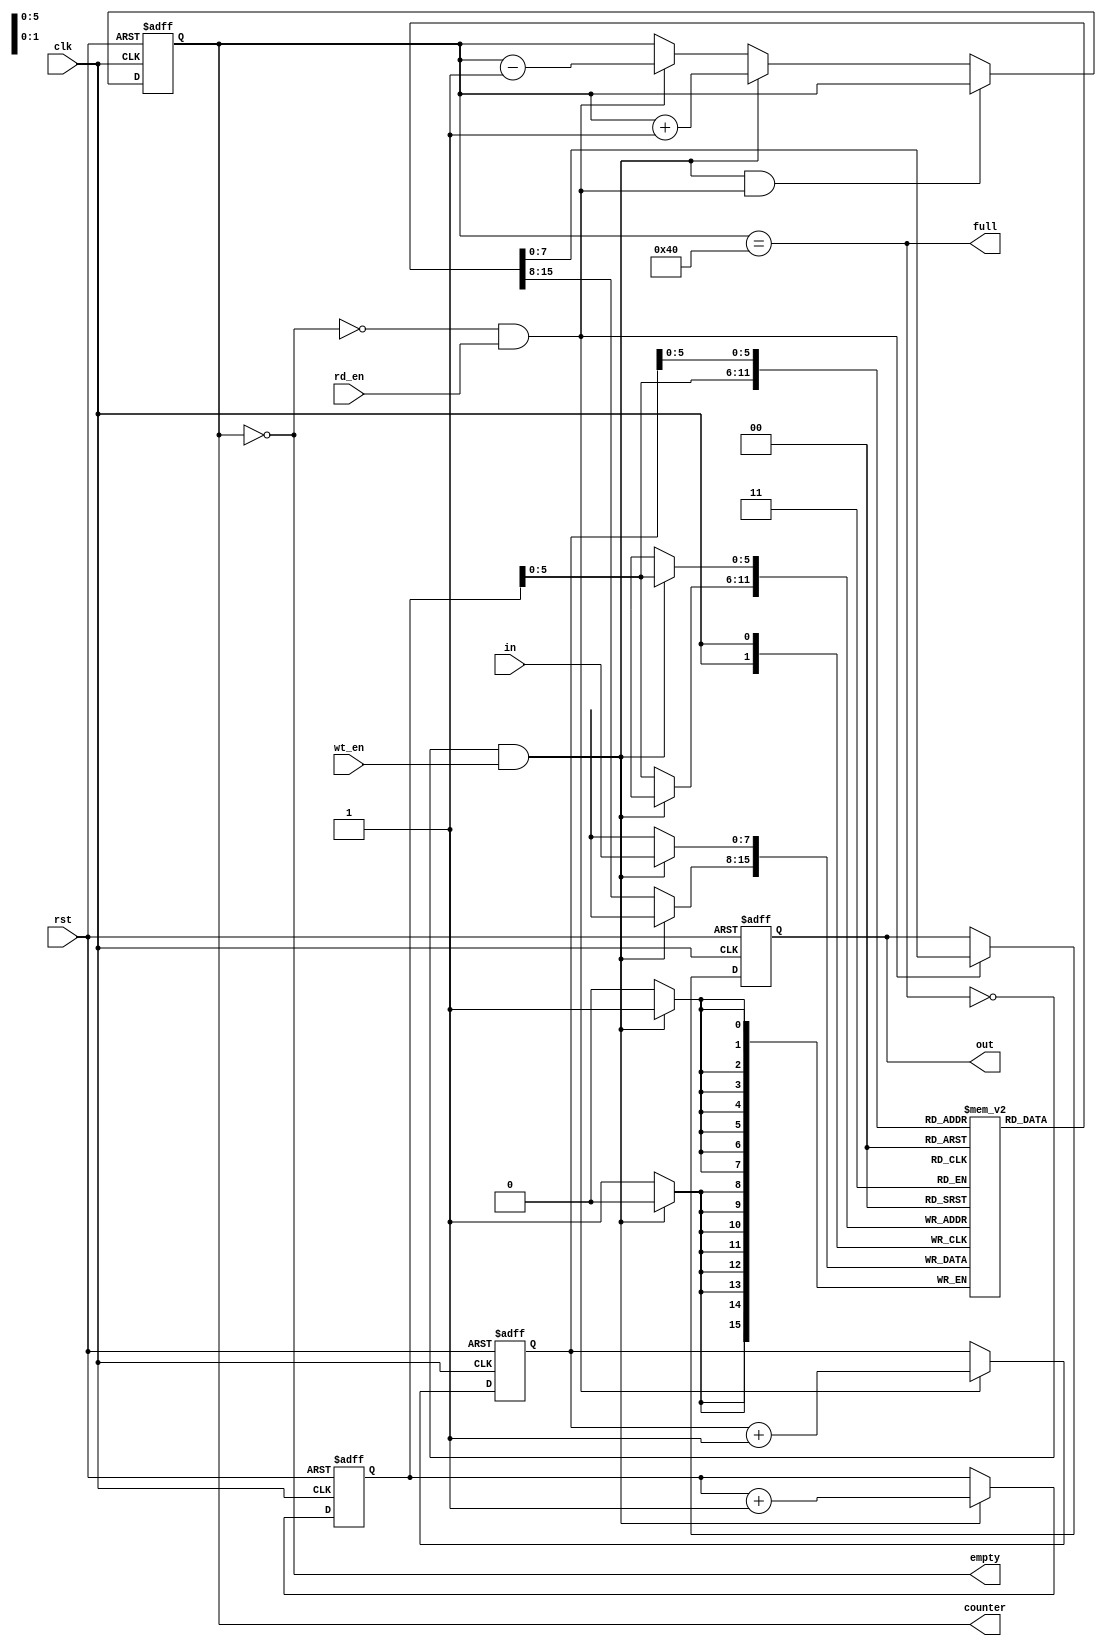
module fifo(in,wt_en,rd_en,clk,rst,out,counter,empty,full);
  input [7:0] in; //8 bits input of FIFO
  input clk,rst,wt_en,rd_en; //wt_en is write enable and rd_en is read enable
  output reg [7:0] out; //8 bits output of FIFO
  output reg [6:0] counter;
  output reg empty,full; 
  
  reg [7:0] mem[63:0];
  reg [6:0] wt_ptr, rd_ptr;
  
  //to identify pointer
  
  always@(posedge clk or posedge rst)
    begin
      
      if(rst)
        begin
          wt_ptr <= 0;
          rd_ptr <= 0;
        end
      else
        begin
          if(!full & wt_en) //pointer to write on memory
            wt_ptr <= wt_ptr+1;
          else
            wt_ptr <= wt_ptr;
          
          if(!empty & rd_en) //pointer to read from memory
            rd_ptr <= rd_ptr+1;
          else
            rd_ptr <= rd_ptr;
        end
    end
  
  //Write section
  
  always@(posedge clk)
    begin
      if(!full & wt_en)
        mem[wt_ptr] <= in;
      else
        mem[wt_ptr] <= mem[wt_ptr];
    end
  
  //Read section
  
  always@(posedge clk or posedge rst)
  begin
    if(rst)
      out <= 8'd0;
    else
      begin
        if(!empty & rd_en)
          out <= mem[rd_ptr];
        else 
          out <= out;
      end
  end
  
  //Counter section
  
  always@(posedge clk or posedge rst)
    begin
      if(rst)
        counter <= 0;
      else if((!full & wt_en) && (!empty & rd_en))
        counter <= counter;
      else if(!full & wt_en)
        counter <= counter + 1;
      else if(!empty & rd_en)
        counter <= counter - 1;
      else
        counter <= counter;
    end
  
  //empty is used to get to know if memory is empty
  //full is used to get to know if memory is full
  
  always@(counter)
    begin
      empty <= counter==0;
      full <= counter==64;
    end

endmodule